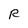
Character: R